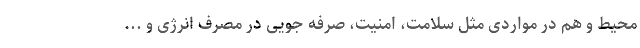
محیط و هم در مواردی مثل سلامت، امنیت، صرفه جویی در مصرف انرژی و ...